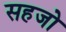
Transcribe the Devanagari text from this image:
सहजो